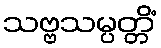
သဗ္ဗသမ္ပတ္တိံ